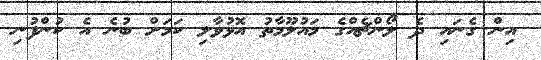
އިން ގެނައި ދެ ލޯންޗެއްގެ މައުލޫމާތު އޮޅުވާލި ކަމަށް ބުނެ އެ ކުންފުނި